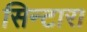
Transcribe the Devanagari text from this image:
सिन्टारा